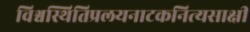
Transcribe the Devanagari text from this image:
विश्वस्थितिप्रलयनाटकनित्यसाक्षी